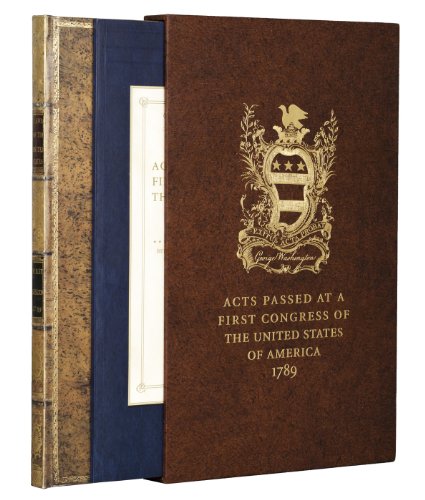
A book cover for Acts of Congress 1789: Includes the Constitution and the Bill of Rights; George Washington; Crafts, Hobbies & Home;